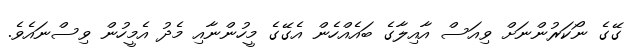
ގޭގެ ނޯކަރުންނަށް ވިއަސް އާއިލާގެ ބައެއްހެން އެގޭގެ މީހުންނާއި މެދު އެމީހުން ވިސްނައެވެ.